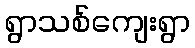
ရွာသစ်ကျေးရွာ